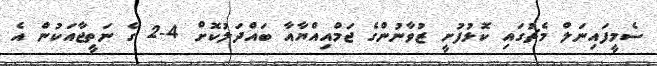
ސެމީފައިނަލް މެޗުގައި ކޮޅުފުށީ ޒުވާނުންގެ ޖަމްއިއްޔާއާ ބައްދަލުކޮށް 4-2 ގެ ނަތީޖާއަކުން އެ